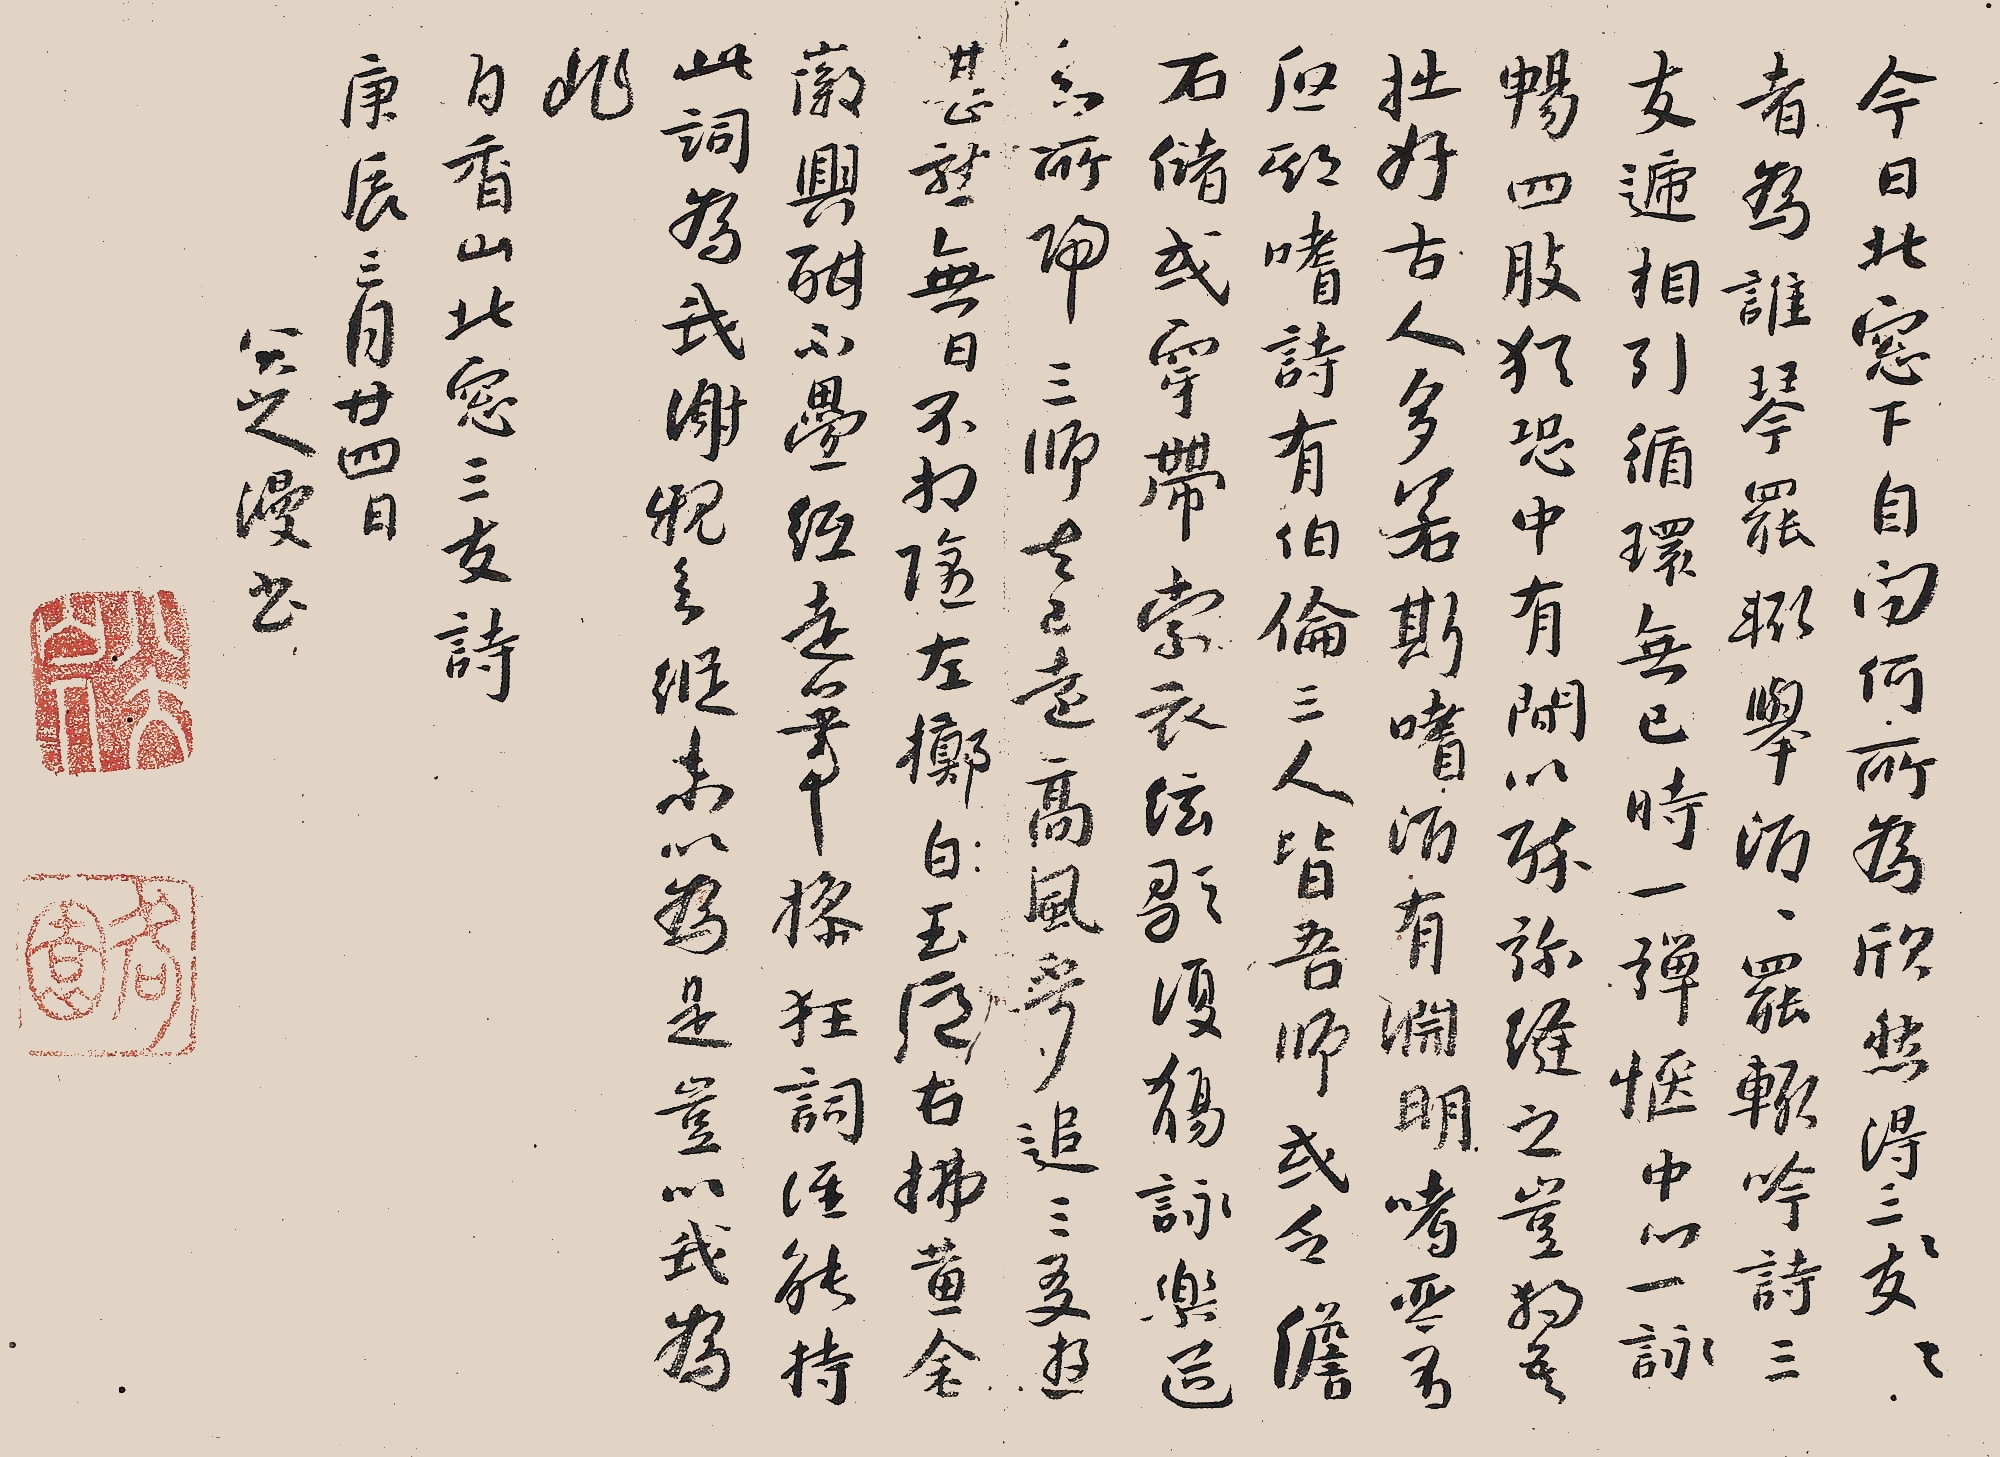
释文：今日北窗下，自问何所为。欣然得三友，三友者为谁。琴罢辄饮酒，酒罢辄吟诗。三友递相引，循环无已时。一弹惬中心，一咏畅四肢。犹恐中有间，以酒弥缝之。岂独吾拙好，古人多若斯。嗜酒有渊明，嗜琴有启期。嗜诗有伯伦，三人皆吾师。或乏儋石储，或穿带索衣。弦歌复觞咏，乐道知所归。三师去已远，高风不可追。三友逰甚熟，无日不相随。左掷白玉卮，右拂黄金徽。兴酣不畱纸，走笔撡狂词。谁能持此词，为我谢亲知。縦未以为是，岂以我为非。白香山此北窗三友诗。庚辰三月廿四日。八大山人漫书。